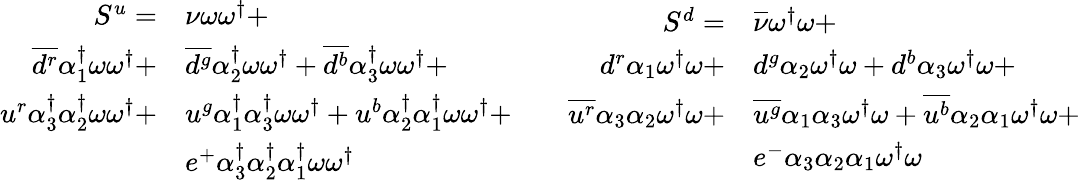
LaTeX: \begin{array}{rl}{S^{u}=}&{{\nu}\omega\omega^{\dagger}+}\\ {\overline{{d^{r}}}{\alpha_{1}^{\dagger}}\omega\omega^{\dagger}+}&{\overline{{d^{g}}}{\alpha_{2}^{\dagger}}\omega\omega^{\dagger}+\overline{{d^{b}}}{\alpha_{3}^{\dagger}}\omega\omega^{\dagger}+}\\ {u^{r}{\alpha_{3}^{\dagger}}{\alpha_{2}^{\dagger}}\omega\omega^{\dagger}+}&{u^{g}{\alpha_{1}^{\dagger}}{\alpha_{3}^{\dagger}}\omega\omega^{\dagger}+u^{b}{\alpha_{2}^{\dagger}}{\alpha_{1}^{\dagger}}\omega\omega^{\dagger}+}\\ &{e^{+}{\alpha_{3}^{\dagger}}{\alpha_{2}^{\dagger}}{\alpha_{1}^{\dagger}}\omega\omega^{\dagger}}\end{array}\qquad\begin{array}{rl}{S^{d}=}&{{\overline{{\nu}}}\omega^{\dagger}\omega+}\\ {{d}^{r}{\alpha_{1}}\omega^{\dagger}\omega+}&{{d}^{g}{\alpha_{2}}\omega^{\dagger}\omega+{d}^{b}{\alpha_{3}}\omega^{\dagger}\omega+}\\ {\overline{{u^{r}}}{\alpha_{3}}{\alpha_{2}}\omega^{\dagger}\omega+}&{\overline{{u^{g}}}{\alpha_{1}}{\alpha_{3}}\omega^{\dagger}\omega+\overline{{u^{b}}}{\alpha_{2}}{\alpha_{1}}\omega^{\dagger}\omega+}\\ &{e^{-}{\alpha_{3}}{\alpha_{2}}{\alpha_{1}}\omega^{\dagger}\omega}\end{array}